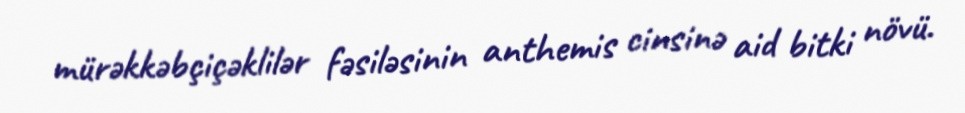
mürəkkəbçiçəklilər fəsiləsinin anthemis cinsinə aid bitki növü.